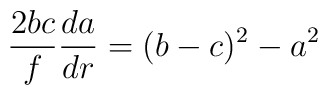
\frac{2bc}{f}\frac{da}{dr}=(b-c)^{2}-a^{2}